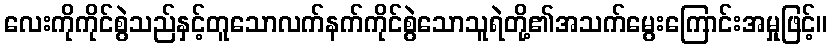
လေးကိုကိုင်စွဲသည်နှင့်တူသောလက်နက်ကိုင်စွဲသောသူရဲတို့၏အသက်မွေးကြောင်းအမှုဖြင့်။